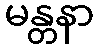
မန္တနာ